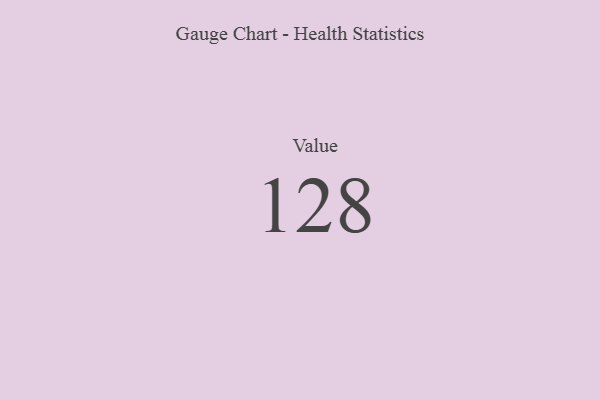
{"axis": {"x": "Metric", "y": "Value"}, "legend": [""], "data": [{"x": "Value", "y": 128, "type": ""}]}